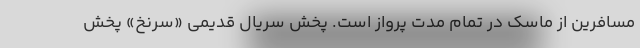
مسافرین از ماسک در تمام مدت پرواز است. پخش سریال قدیمی «سرنخ» پخش